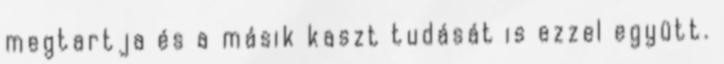
megtartja és a másik kaszt tudását is ezzel együtt.